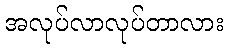
အလုပ်လာလုပ်တာလား